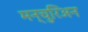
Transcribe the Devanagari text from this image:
मन्चुरिअन